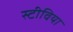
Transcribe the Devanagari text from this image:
स्टीविया